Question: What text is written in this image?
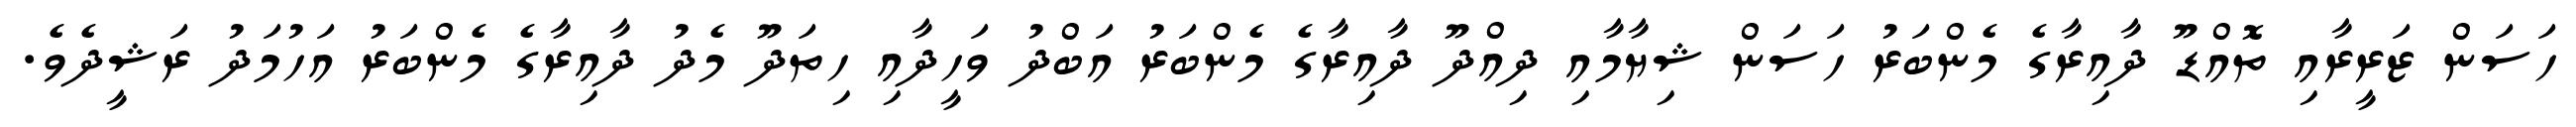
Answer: ހަސަން ޒަރީރާއި ތޮއްޑޫ ދާއިރާގެ މެންބަރު ހަސަން ޝިޔާމާއި ދިއްދޫ ދާއިރާގެ މެންބަރު އަބްދު ވަހީދާއި ހިތަދޫ މެދު ދާއިރާގެ މެންބަރު އަހުމަދު ރަޝީދެވެ.